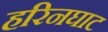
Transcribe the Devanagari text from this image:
हरिनघाट